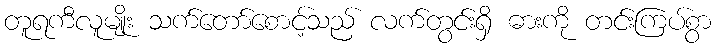
တူရကီလူမျိုး သက်တော်စောင့်သည် လက်တွင်းရှိ ဓားကို တင်းကြပ်စွာ